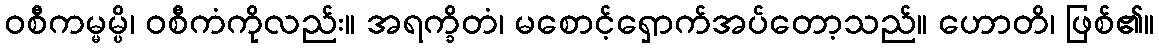
ဝစီကမ္မမ္ပိ၊ ဝစီကံကိုလည်း။ အရက္ခိတံ၊ မစောင့်ရှောက်အပ်တော့သည်။ ဟောတိ၊ ဖြစ်၏။